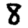
Digit: 8